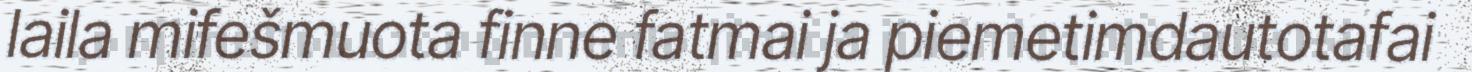
laila mifešmuota finne fatmai ja piemetimdautotafai